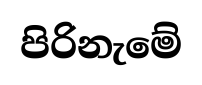
පිරිනැමේ